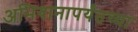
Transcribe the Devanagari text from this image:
अभियानापर्यंतच्या